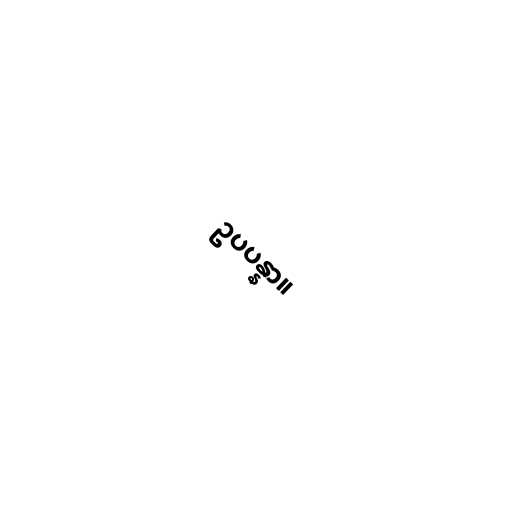
ဥပပန္နာ။